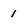
Character: 1